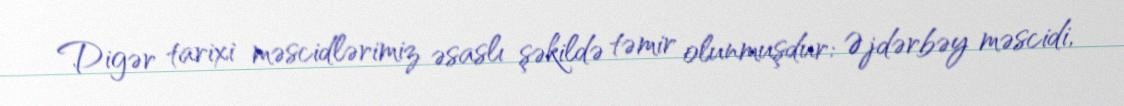
Digər tarixi məscidlərimiz əsaslı şəkildə təmir olunmuşdur: Əjdərbəy məscidi,